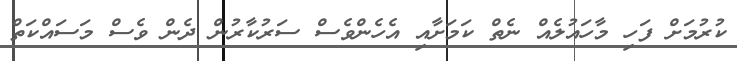
ކުރުމަށް ފަހި މާހައުލެއް ނެތް ކަމަށާއި އެހެންވެސް ސަރުކާރުން ދެން ވެސް މަސައްކަތް